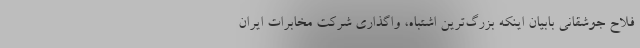
فلاح جوشقانی بابیان اینکه بزرگ‌ترین اشتباه، واگذاری شرکت مخابرات ایران